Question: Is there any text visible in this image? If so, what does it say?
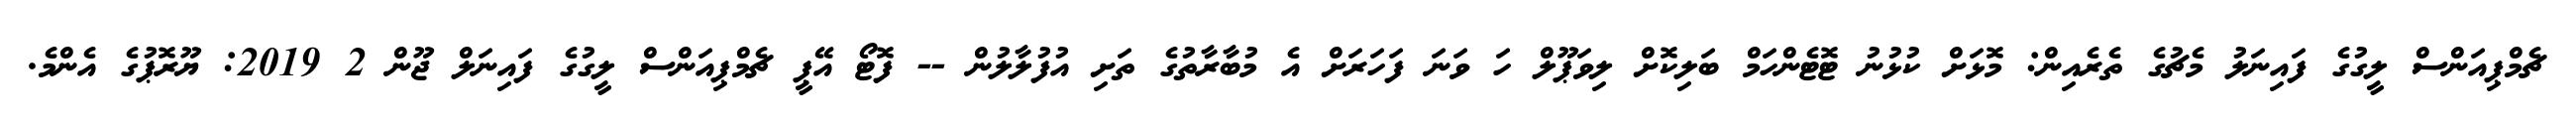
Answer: ޗެމްޕިއަންސް ލީގުގެ ފައިނަލު މެޗުގެ ތެރެއިން: މޮޅަށް ކުޅުނު ޓޮޓެންހަމް ބަލިކޮށް ލިވަޕޫލް ހަ ވަނަ ފަހަރަށް އެ މުބާރާތުގެ ތަށި އުފުލާލުން -- ފޮޓޯ އޭޕީ ޗެމްޕިއަންސް ލީގުގެ ފައިނަލް ޖޫން 2 2019: ޔޫރޮޕުގެ އެންމެ.